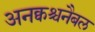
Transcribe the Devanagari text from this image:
अनक्वश्चनैबल